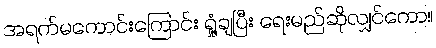
အရက်မကောင်းကြောင်း ရှုံ့ချပြီး ရေးမည်ဆိုလျှင်ကော။